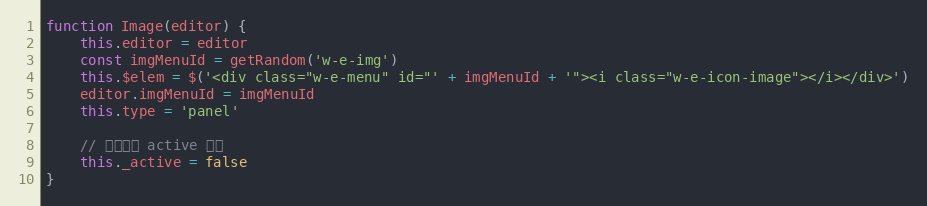
Language: JavaScript
function Image(editor) {
    this.editor = editor
    const imgMenuId = getRandom('w-e-img')
    this.$elem = $('<div class="w-e-menu" id="' + imgMenuId + '"><i class="w-e-icon-image"></i></div>')
    editor.imgMenuId = imgMenuId
    this.type = 'panel'

    // 当前是否 active 状态
    this._active = false
}